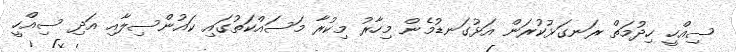
ސިއްހީ ހިދުމަތް ރަނގަޅުކުރަން އަޅުގަނޑުމެން މިހާރު މިކުރާ މަސައްކަތުގައި ކައުންސިލާއި އަދި ސިއްހީ